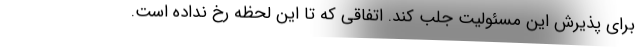
برای پذیرش این مسئولیت جلب کند. اتفاقی که تا این لحظه رخ نداده است.